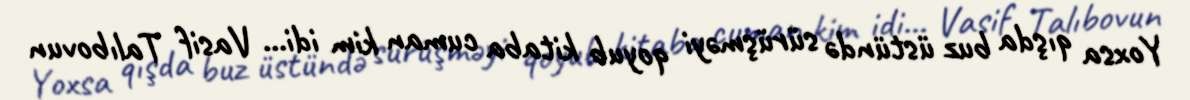
Yoxsa qışda buz üstündə sürüşməyi qoyub kitaba cuman kim idi... Vasif Talıbovun